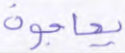
يحاجون